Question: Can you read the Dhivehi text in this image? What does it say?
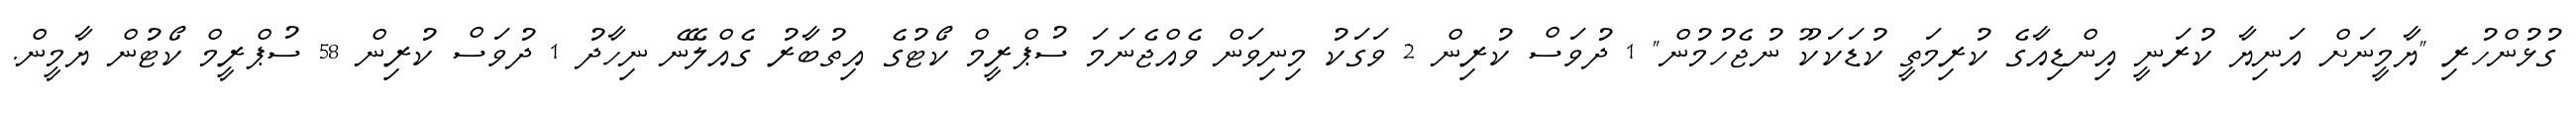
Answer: ގުޅުންހުރި "ޔާމީނަށް އަނިޔާ ކުރަނީ އިންޑިއާގެ ކުރިމަތީ ކުޑަކަކޫ ނުޖެހުމުން" 1 ދުވަސް ކުރިން 2 ވަގަކު މިނިވަން ވެއްޖެނަމަ ސުޕްރީމް ކޯޓުގެ އިތުބާރު ގެއްލޭނެ ނިހާދު 1 ދުވަސް ކުރިން 58 ސުޕްރީމް ކޯޓުން ޔާމީން.